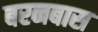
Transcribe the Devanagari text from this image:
बरनबास